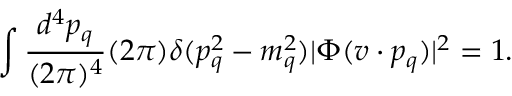
\int { \frac { d ^ { 4 } p _ { q } } { ( 2 \pi ) ^ { 4 } } } ( 2 \pi ) \delta ( p _ { q } ^ { 2 } - m _ { q } ^ { 2 } ) | \Phi ( v \cdot p _ { q } ) | ^ { 2 } = 1 .